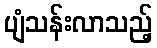
ပျံသန်းလာသည့်